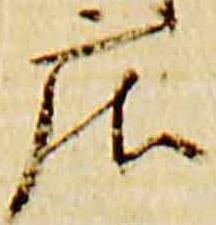
庄